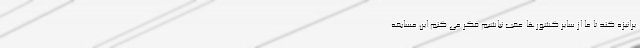
یرانیزه کند تا ما از سایر کشورها عقب نباشیم فکر می کنم این مسابقه